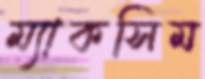
ম্যাকসিম